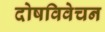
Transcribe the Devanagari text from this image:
दोषविवेचन